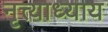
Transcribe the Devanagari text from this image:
नृत्त्याध्याय